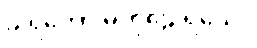
ခါရကော မကုဠေ ရသေ။